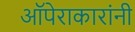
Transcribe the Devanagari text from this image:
ऑपेराकारांनी